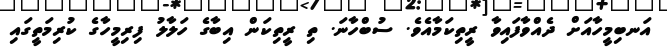
އަނބިމީހާއަށް ދެއްވާފައިވާ ރީތިކަމާއެވެ. ސުބްހާނަ. ތި ރީތިކަން އިބާގެ ހަލާލު ފިރިމީހާގެ ކުރިމަތީގައި